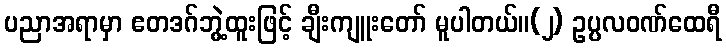
ပညာအရာမှာ ဧတဒဂ်ဘွဲ့ထူးဖြင့် ချီးကျူးတော် မူပါတယ်။(၂) ဥပ္ပလဝဏ်ထေရီ